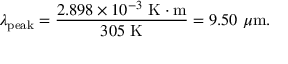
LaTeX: \lambda _ { \mathrm { p e a k } } = { \frac { 2 . 8 9 8 \times 1 0 ^ { - 3 } ~ { \mathrm { K } } \cdot { \mathrm { m } } } { 3 0 5 ~ { \mathrm { K } } } } = 9 . 5 0 ~ \mu { \mathrm { m } } .